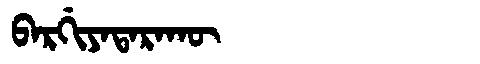
Manchu: ᠪᠠᡵᡤᡳᠶᠠᡨᠠᡵᠠᡴᡡ
Romanization: BARGIYATARAKŪ